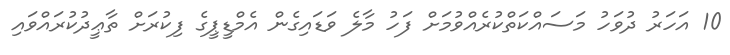
10 އަހަރު ދުވަހު މަސައްކަތްކުރެއްވުމަށް ފަހު މާލެ ވަޑައިގެން އެމްޑީޕީގެ ފިކުރަށް ތާޢީދުކުރައްވައި